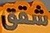
شقق